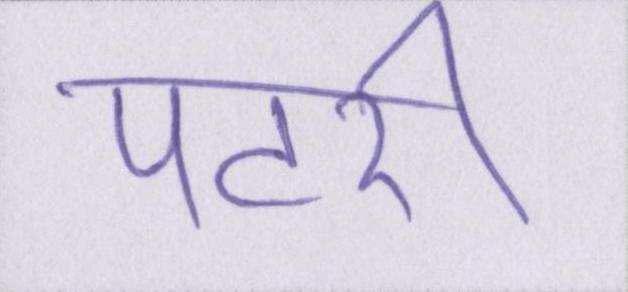
पटरी